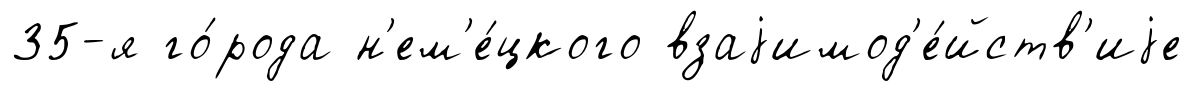
35-я го́рода н'ем'е́цкого взаjимод'е́йств'иjе